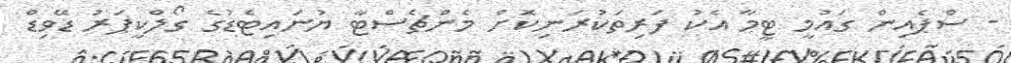
- ސްޕެއިން ގައުމީ ޓީމާ އެކު ފަރިތަކުރަނިކޮށް މެންޗެސްޓާ ޔުނައިޓެޑުގެ ގޯލްކީޕަރު ޑޭވިޑް